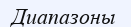
Диапазоны